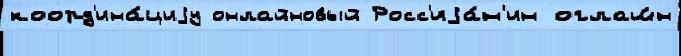
коорд'ина́циjу онлайновый Росс'иjа́н'ин оглаш́н